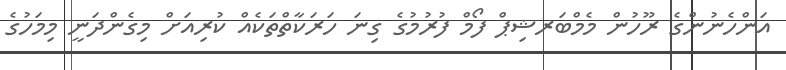
އަންހެނުންގެ ރޫހުން މެމްބަރޝިޕް ފޯމް ފުރުމުގެ ގިނަ ހަރަކާތްތަކެއް ކުރިއަށް މިގެންދަނީ މިމަހުގެ